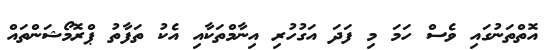
އޮތްތަނުގައި ވެސް ހަމަ މި ފަދަ އަގުހުރި އިނާމްތަކާއި އެކު ތަފާތު ޕްރޮމޯޝަންތައް